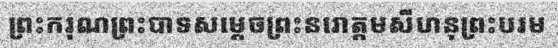
ព្រះករុណព្រះបាទសម្តេចព្រះនរោត្តមសីហនុព្រះបរម